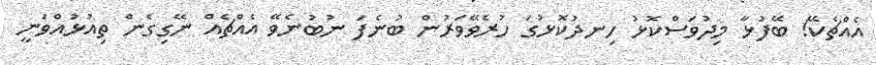
އެއްޗެކޭ! ބޭފުޅާ މިދުވަސްކޮޅު ހިނދުކޮޅުގަ ހުރެވޭވަރުން ބުނެފަ ނުބުނެވޭ އެއްޗެެއް ނޭގިގެން ތިއުޅުއްވަނީ